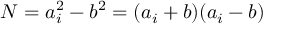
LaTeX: N = a _ { i } ^ { 2 } - b ^ { 2 } = ( a _ { i } + b ) ( a _ { i } - b )